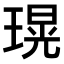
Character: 𤨆